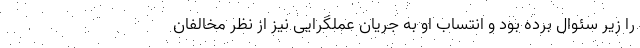
را زیر سئوال برده بود و انتساب او به جریان عملگرایی نیز از نظر مخالفان